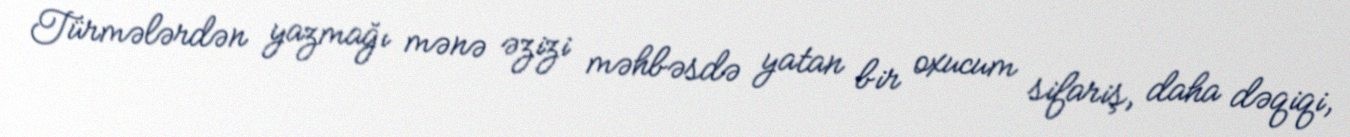
Türmələrdən yazmağı mənə əzizi məhbəsdə yatan bir oxucum sifariş, daha dəqiqi,